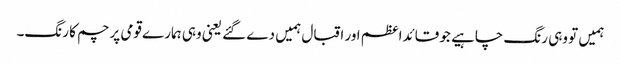
ہمیں تو وہی رنگ چاہیے جو قائداعظم اور اقبال ہمیں دے گئے یعنی وہی ہمارے قومی پرچم کا رنگ۔